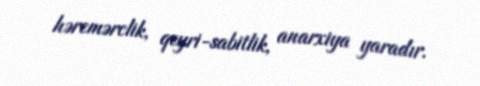
hərcmərclik, qeyri-sabitlik, anarxiya yaradır.